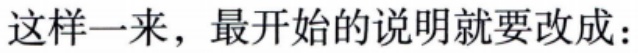
这样一来，最开始的说明就要改成：